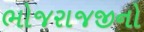
ભોજરાજજીનો